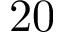
2 0